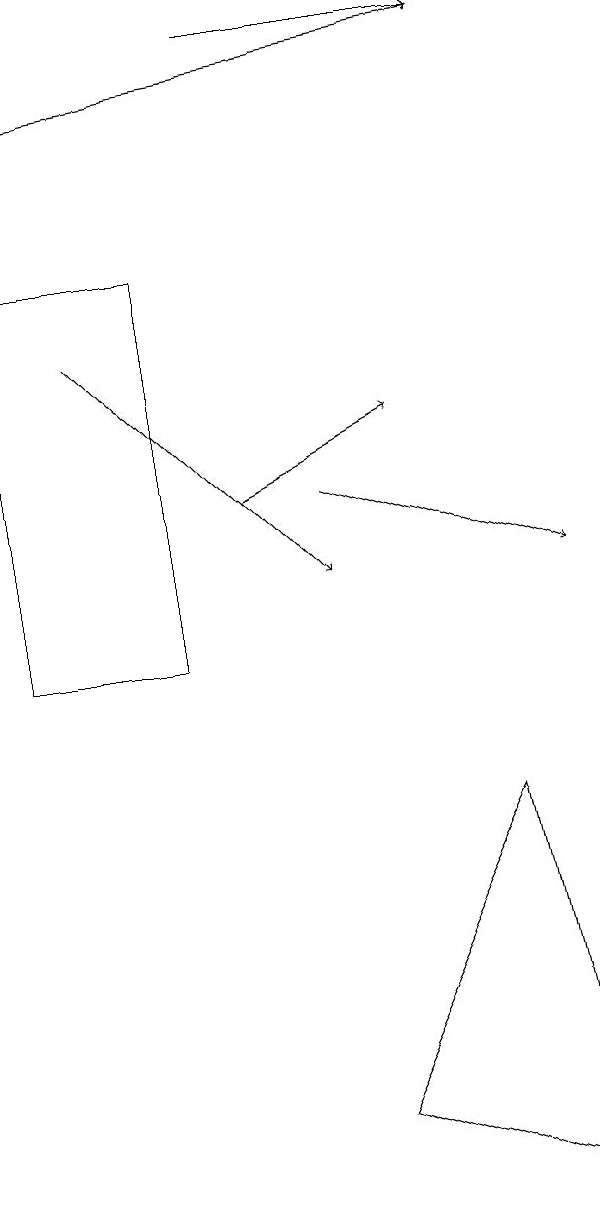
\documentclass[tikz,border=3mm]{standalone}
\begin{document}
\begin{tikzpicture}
\draw[->] (2,15) -- (5,12);
\draw[->] (1,18) -- (7,19);
\draw[->] (4,13) -- (6,14);
\draw[->] (5,13) -- (8,12);
\draw (5,5) -- (8,4) -- (7,9) -- cycle;
\draw (1,16) rectangle (3,11);
\draw[->] (4,19) -- (7,19);
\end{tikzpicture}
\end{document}